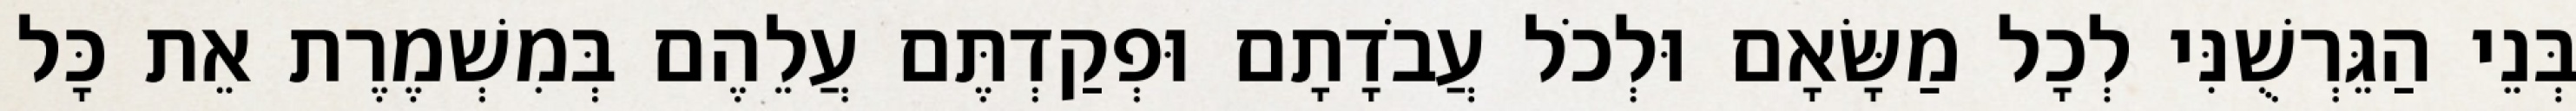
בְּנֵי הַגֵּרְשֻׁנִּי לְכָל מַשָּׂאָם וּלְכֹל עֲבֹדָתָם וּפְקַדְתֶּם עֲלֵהֶם בְּמִשְׁמֶרֶת אֵת כָּל